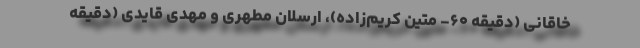
خاقانی (دقیقه ۶۰- متین کریم‌زاده)، ارسلان مطهری و مهدی قایدی (دقیقه